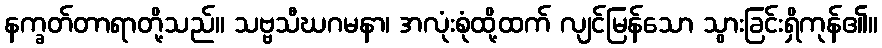
နက္ခတ်တာရာတို့သည်။ သဗ္ဗသီဃဂမနာ၊ အလုံးစုံထို့ထက် လျင်မြန်သော သွားခြင်းရှိကုန်၏။